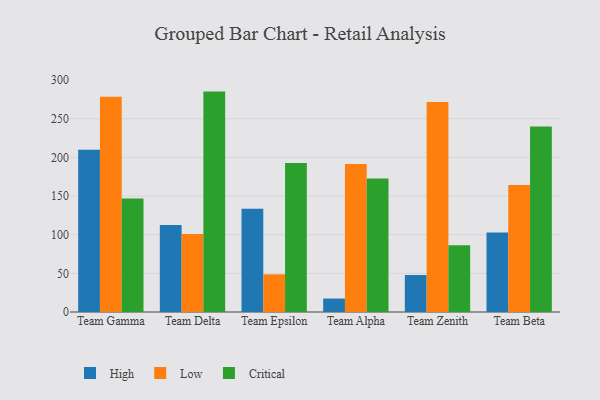
{"axis": {"x": "Team", "y": "Waste Production (Tons)"}, "legend": ["Critical", "High", "Low"], "data": [{"x": "Team Gamma", "y": 209.9, "type": "High"}, {"x": "Team Gamma", "y": 278.5, "type": "Low"}, {"x": "Team Gamma", "y": 146.8, "type": "Critical"}, {"x": "Team Delta", "y": 112.6, "type": "High"}, {"x": "Team Delta", "y": 100.8, "type": "Low"}, {"x": "Team Delta", "y": 285.1, "type": "Critical"}, {"x": "Team Epsilon", "y": 133.6, "type": "High"}, {"x": "Team Epsilon", "y": 48.7, "type": "Low"}, {"x": "Team Epsilon", "y": 192.8, "type": "Critical"}, {"x": "Team Alpha", "y": 17.4, "type": "High"}, {"x": "Team Alpha", "y": 191.3, "type": "Low"}, {"x": "Team Alpha", "y": 172.7, "type": "Critical"}, {"x": "Team Zenith", "y": 47.9, "type": "High"}, {"x": "Team Zenith", "y": 271.5, "type": "Low"}, {"x": "Team Zenith", "y": 86.5, "type": "Critical"}, {"x": "Team Beta", "y": 102.9, "type": "High"}, {"x": "Team Beta", "y": 164.2, "type": "Low"}, {"x": "Team Beta", "y": 240.0, "type": "Critical"}]}